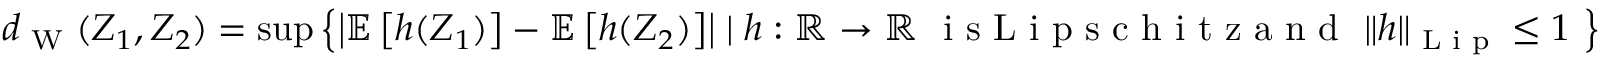
\begin{array} { r } { d _ { \textup { W } } ( Z _ { 1 } , Z _ { 2 } ) = { \operatorname* { s u p } } \left\{ \left| \mathbb { E } \left[ h ( Z _ { 1 } ) \right] - \mathbb { E } \left[ h ( Z _ { 2 } ) \right] \right| \mid h : \mathbb { R } \rightarrow \mathbb { R } \ \textup { i s L i p s c h i t z a n d } \ \| h \| _ { \textup { L i p } } \leq 1 \ \right\} } \end{array}